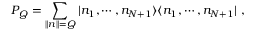
P _ { Q } = \sum _ { \| n \| = Q } \vert n _ { 1 } , \cdots , n _ { N + 1 } \rangle \langle n _ { 1 } , \cdots , n _ { N + 1 } \vert \ ,